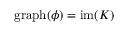
\mathrm { g r a p h } ( \phi ) = \mathrm { i m } ( K )